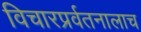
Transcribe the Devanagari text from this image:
विचारप्रर्वतनालाच